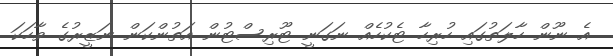
އެ ނޫން ހާލަތުގައި ހުރިހާ ޓެކުހެއް ނަގަނީ ޓޫރިސްޓުން އަތުންކަން ނަޒީރުގެ ވާހަކަ